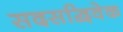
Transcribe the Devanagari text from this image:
सदसद्विवेक